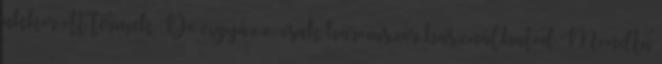
akkor ott termek De vigyázz, csak háromszor használhatod Mondta